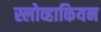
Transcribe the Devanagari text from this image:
स्लोव्हाकियन